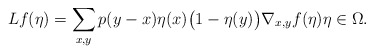
\begin{align*}L f(\eta) = \sum_{x,y} p(y-x) \eta(x) \big(1-\eta(y)\big) \nabla_{x,y} f(\eta) \eta \in \Omega.\end{align*}